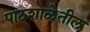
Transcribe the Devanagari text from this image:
पाठशाळेतील